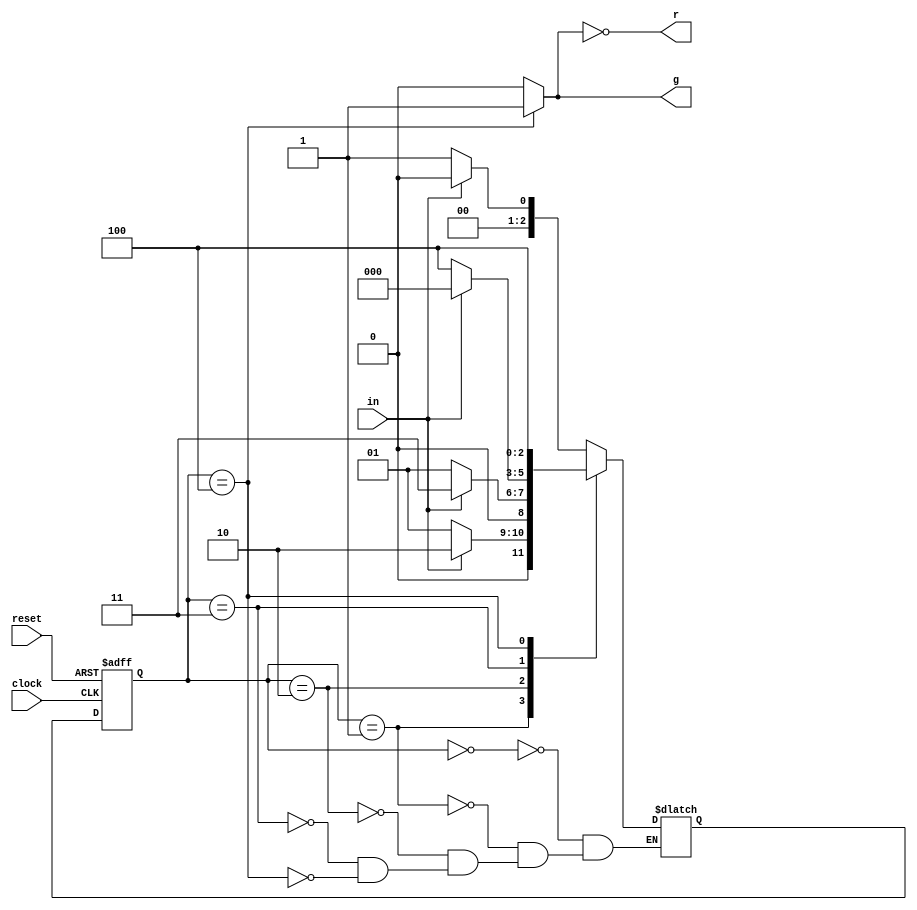
module SSDetector(
    input clock,
    input in,
    input reset,
    output g,
    output r
    );
    parameter s0 = 3'd0, s1 = 3'd1, s2 =3'd2, s3 = 3'd3, s4 = 3'd4;
    reg [2:0] PRState, NXState;
    reg g;
    assign r = ~ g;   
    always @ (PRState) begin
        if (PRState == s4) g = 1'b1;
        else g = 1'b0;
    end
    always @ (posedge clock or negedge reset) begin
            if (reset == 1'b0) PRState = s0;
            else PRState = NXState;
    end    
    always @ (PRState or in) begin
       case(PRState)
           s0 : if (in == 1'b0) NXState = s1;
                       else NXState = s0;
           s1 : if (in == 1'b1) NXState = s2;
                       else NXState = s1;
           s2 : if (in == 1'b1) NXState = s3;
                       else NXState = s1;
           s3 : if (in == 1'b0) NXState = s4;
                       else NXState = s0;
           s4: NXState = s4;
       endcase
    end
endmodule